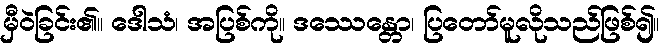
မှီဝဲခြင်း၏။ ဒေါသံ၊ အပြစ်ကို။ ဒဿေန္တော၊ ပြတော်မူလိုသည်ဖြစ်၍။